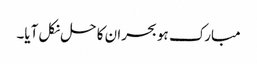
مبارک ہو بحران کا حل نکل آیا۔